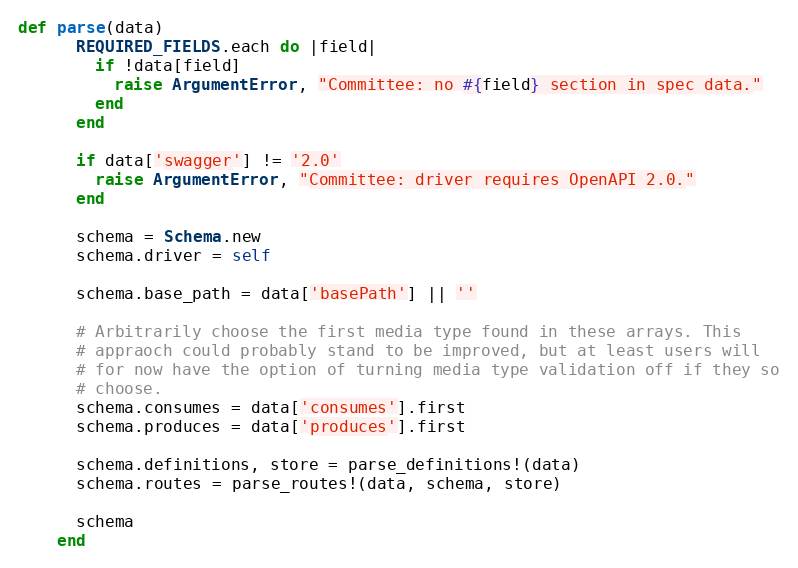
Language: Ruby
def parse(data)
      REQUIRED_FIELDS.each do |field|
        if !data[field]
          raise ArgumentError, "Committee: no #{field} section in spec data."
        end
      end

      if data['swagger'] != '2.0'
        raise ArgumentError, "Committee: driver requires OpenAPI 2.0."
      end

      schema = Schema.new
      schema.driver = self

      schema.base_path = data['basePath'] || ''

      # Arbitrarily choose the first media type found in these arrays. This
      # appraoch could probably stand to be improved, but at least users will
      # for now have the option of turning media type validation off if they so
      # choose.
      schema.consumes = data['consumes'].first
      schema.produces = data['produces'].first

      schema.definitions, store = parse_definitions!(data)
      schema.routes = parse_routes!(data, schema, store)

      schema
    end